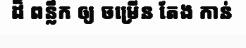
ដ៏ ពន្លឹក ឲ្យ ចម្រើន តែង កាន់